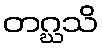
တဂ္ဃသိ